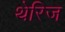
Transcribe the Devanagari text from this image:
थेरिज